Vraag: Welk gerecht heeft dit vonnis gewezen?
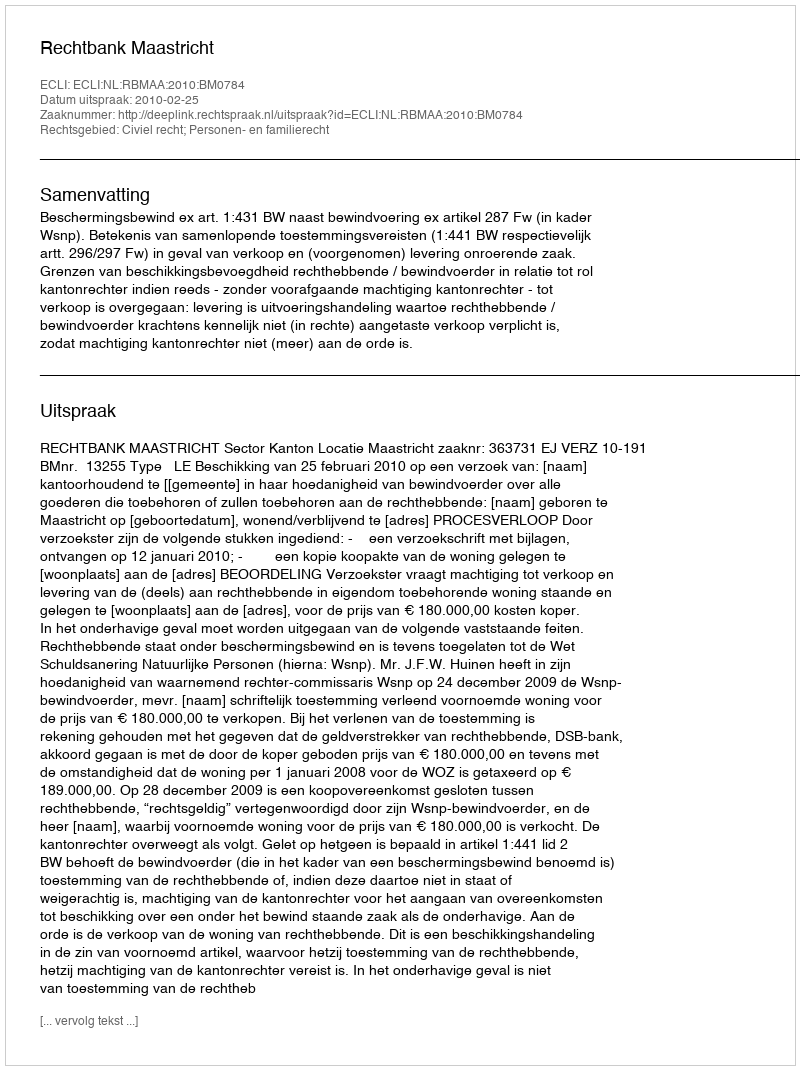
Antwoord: Rechtbank Maastricht